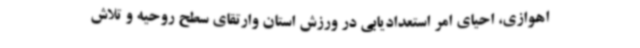
اهوازی، احیای امر استعدادیابی در ورزش استان وارتقای سطح روحیه و تلاش